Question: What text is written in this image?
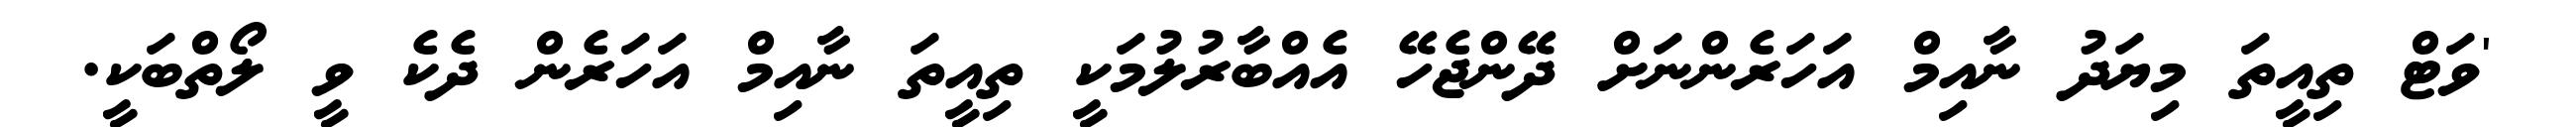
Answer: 'ވަޓް ތިއީތަ މިޔަދު ނާއިމް އަހަރެންނަށް ދޭންޖެހޭ އެއްބާރުލުމަކީ ތިއީތަ ނާއިމް އަހަރެން ދެކެ ވީ ލޯތްބަކީ.